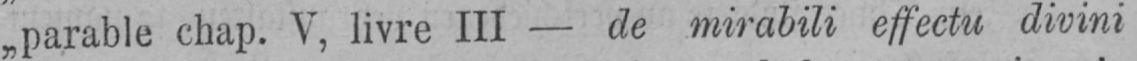
„parable chap. V, livre III - de mirabili effectu divini